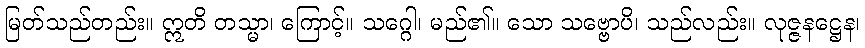
မြတ်သည်တည်း။ ဣတိ တသ္မာ၊ ကြောင့်။ သဂ္ဂေါ၊ မည်၏။ သော သဗ္ဗောပိ၊ သည်လည်း။ လုဇ္ဇနဋ္ဌေန၊